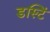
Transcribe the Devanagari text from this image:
डस्टिं